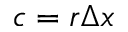
c = r \Delta x